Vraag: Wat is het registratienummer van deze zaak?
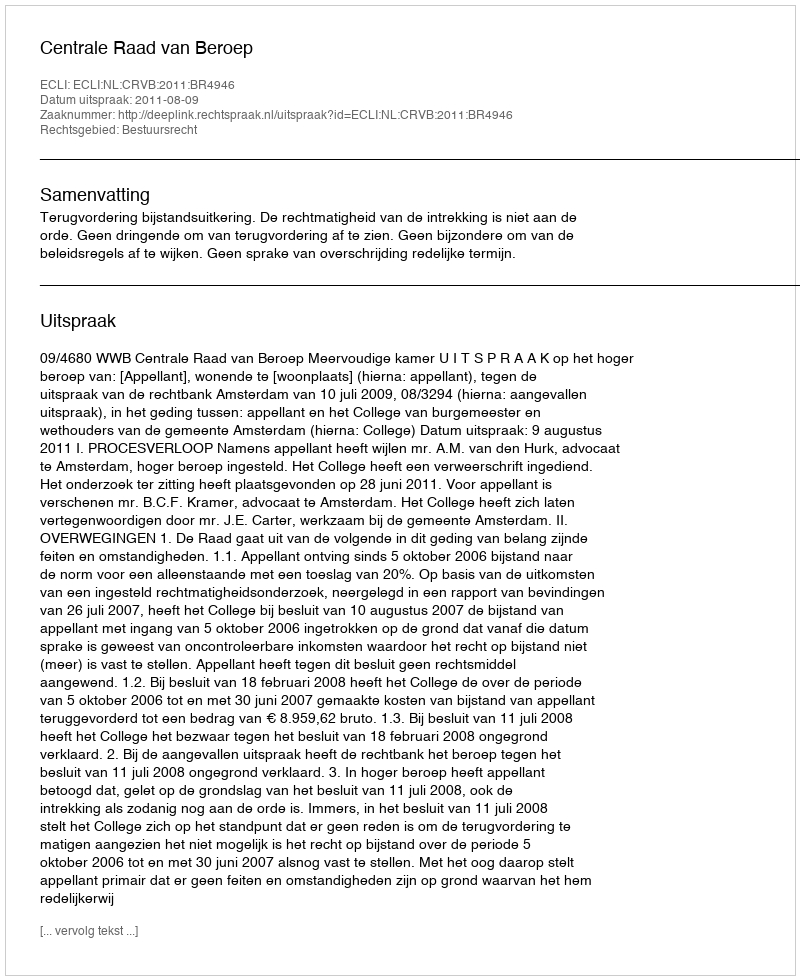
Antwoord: http://deeplink.rechtspraak.nl/uitspraak?id=ECLI:NL:CRVB:2011:BR4946